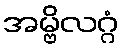
အမ္ဗိလဂ္ဂံ